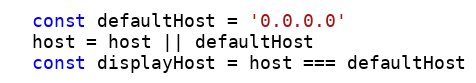
Language: JavaScript
  const defaultHost = '0.0.0.0'
  host = host || defaultHost
  const displayHost = host === defaultHost